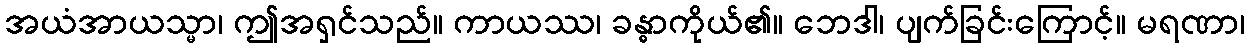
အယံအာယသ္မာ၊ ဤအရှင်သည်။ ကာယဿ၊ ခန္ဓာကိုယ်၏။ ဘေဒါ၊ ပျက်ခြင်းကြောင့်။ မရဏာ၊